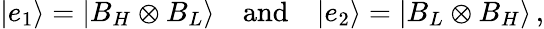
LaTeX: |e_{1}\rangle=|B_{H}\otimes B_{L}\rangle\quad\mathrm{and}\quad|e_{2}\rangle=|B_{L}\otimes B_{H}\rangle\, ,